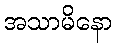
အသာမိနော